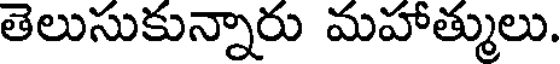
తెలుసుకున్నారు మహాత్ములు.